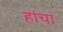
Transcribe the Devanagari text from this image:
हांचा